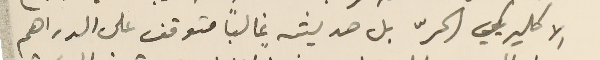
الاكليريكي الحرّ بل حديثه غالباً متوقف على الدراهم